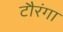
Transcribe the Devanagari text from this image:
टौरंगा